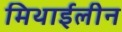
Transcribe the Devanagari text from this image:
मिथाईलीन